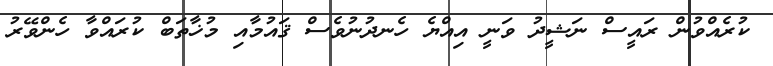
ކުރެއްވުން ރައީސް ނަޝީދު ވަނީ އިއްޔެ ހެނދުނުވެސް ޤައުމާއި މުޚާތަބް ކުރައްވާ ހެންވޭރު